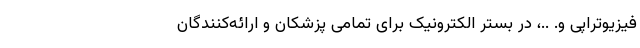
فیزیوتراپی و. ..، در بستر الکترونیک برای تمامی پزشکان و ارائه‌کنندگان